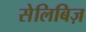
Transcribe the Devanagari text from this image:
सेलिबिज़